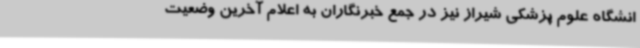
انشگاه علوم پزشکی شیراز نیز در جمع خبرنگاران به اعلام آخرین وضعیت